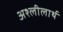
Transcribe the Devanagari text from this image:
अश्लीलार्थ